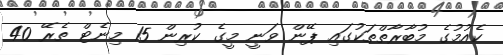
ކެއުމުގެ މުބާރާތްތަކުގައި ޕޭން ވަނީ މީގެ ކުރިން 15 މިނެޓް ތެރޭ 40